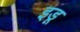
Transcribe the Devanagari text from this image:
इडू